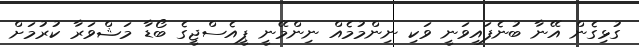
ގުޅިގެން އޭނާ ބުނެފައިވަނީ ވަކި ނިންމުމެއް ނިންމޭނީ ޕީއެސްޖީގެ ބޯޑާ މަޝްވަރާ ކުރުމަށް